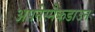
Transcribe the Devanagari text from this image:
अपनेस्मैकडाउन